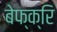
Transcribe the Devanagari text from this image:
बेफ्क्रि